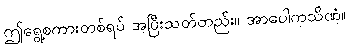
ဤရွေ့စကားတစ်ရပ် အပြီးသတ်တည်း။ အာပေါကသိဏံ။